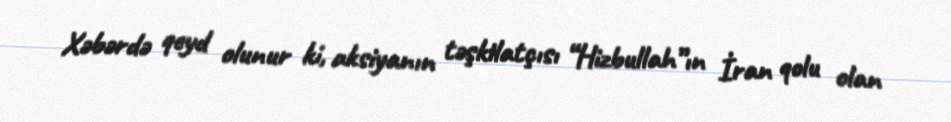
Xəbərdə qeyd olunur ki, aksiyanın təşkilatçısı “Hizbullah”ın İran qolu olan